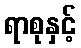
ရာစုနှင့်